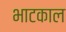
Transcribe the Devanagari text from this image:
भाटकाल